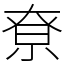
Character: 尞